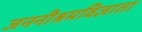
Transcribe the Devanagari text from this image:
जननीश्रमविज्ञाता